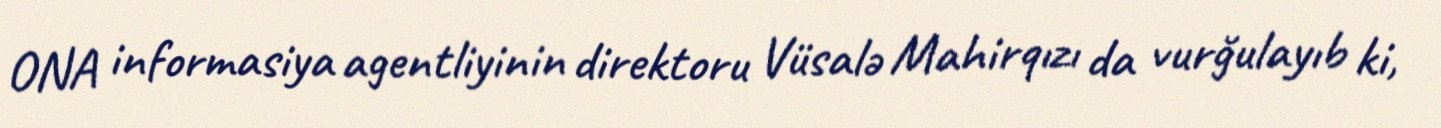
ONA informasiya agentliyinin direktoru Vüsalə Mahirqızı da vurğulayıb ki,